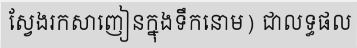
ស្វែងរកសាញៀនក្នុងទឹកនោម) ជាលទ្ធផល